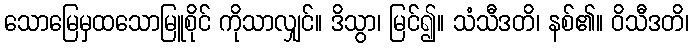
သောမြေမှထသောမြူစိုင် ကိုသာလျှင်။ ဒိသွာ၊ မြင်၍။ သံသီဒတိ၊ နစ်၏။ ဝိသီဒတိ၊